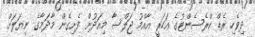
ދިވެހި ރެޑް ކްރެސެންޓުގެ އަހަރީ އާއްމު ޖަލްސާ މިއަދުން ފެށިގެން މާދަމާގެ ނިޔަލަށް